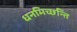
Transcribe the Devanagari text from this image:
धनमिच्छन्ति